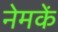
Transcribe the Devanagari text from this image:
नेमकें